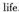
life.